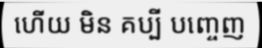
ហើយ មិន គប្បី បញ្ចេញ